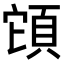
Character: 𩒂